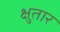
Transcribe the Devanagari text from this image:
क्षुतार